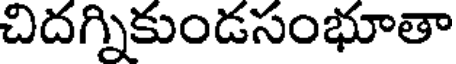
చిదగ్నికుండసంభూతా